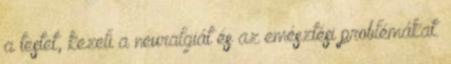
a testet, kezeli a neuralgiát és az emésztési problémákat.